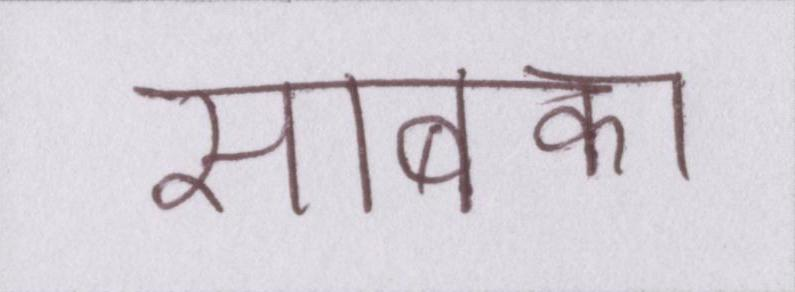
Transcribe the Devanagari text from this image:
साबका